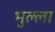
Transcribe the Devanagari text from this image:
भुल्ला